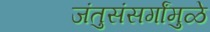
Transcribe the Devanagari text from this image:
जंतुसंसर्गांमुळे